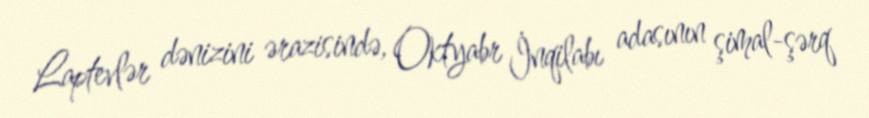
Laptevlər dənizini ərazisində, Oktyabr İnqilabı adasının şimal-şərq